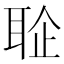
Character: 𦕫